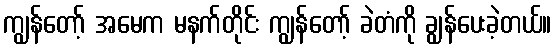
ကျွန်တော့် အမေက မနက်တိုင်း ကျွန်တော့် ခဲတံကို ချွန်ပေးခဲ့တယ်။